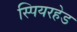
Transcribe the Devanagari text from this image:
स्पियरहेड